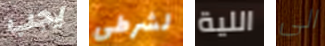
يجب لشرطي اللية الى